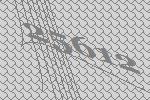
25612